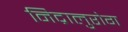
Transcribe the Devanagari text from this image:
निद्रालुरोग